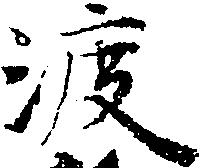
渡